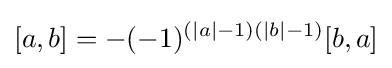
[a,b]=-(-1)^{(|a|-1)(|b|-1)}[b,a]